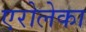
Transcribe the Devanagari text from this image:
एरोलेका